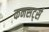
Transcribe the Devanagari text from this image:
कनसर्ट्स